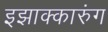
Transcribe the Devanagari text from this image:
इझाक्कारुंग